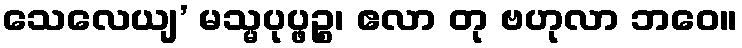
သေလေယျ’ မသ္မပုပ္ဖဉ္စ၊ ဧလာ တု ဗဟုလာ ဘဝေ။